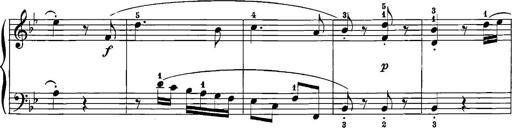
Title: 12 Sonatinas
Composer: Ignaz Pleyel